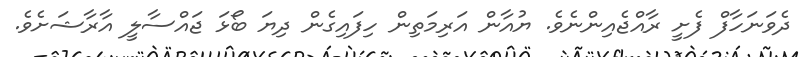
ދެވަނަހާފް ފެށީ ރާއްޖެއިންނެވެ. ޔުއާން އަރިމަތިން ހިފައިގެން ދިޔަ ބޯޅަ ޖައްސާލީ އާރާޝަށެވެ.